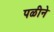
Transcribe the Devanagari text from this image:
पळीने